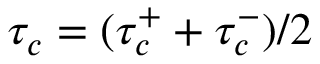
\tau _ { c } = ( \tau _ { c } ^ { + } + \tau _ { c } ^ { - } ) / 2